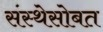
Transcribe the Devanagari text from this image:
संस्थेसोबत